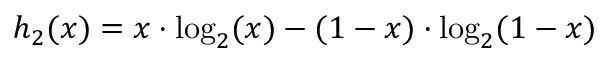
h _ { 2 } ( x ) = x \cdot \log _ { 2 } ( x ) - ( 1 - x ) \cdot \log _ { 2 } ( 1 - x )